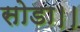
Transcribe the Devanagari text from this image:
सोडा।।